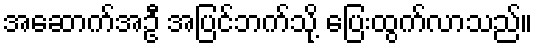
အဆောက်အဦ အပြင်ဘက်သို့ ပြေးထွက်လာသည်။